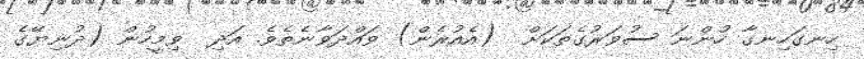
ހިނގަހިނގާ ހުންނަ ސުވަރުގެތަކަށް  (އެއުރެން) ވައްދަވާނެތެވެ. އަދި  ވިމީހުން (ދުނިޔޭގެ